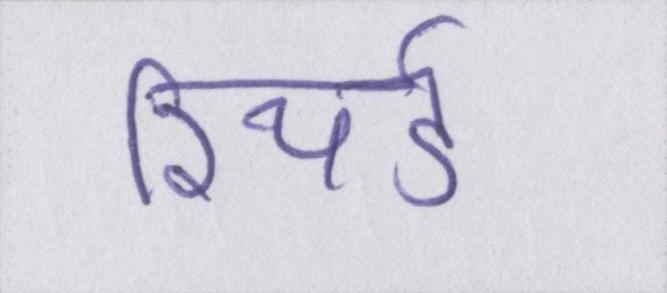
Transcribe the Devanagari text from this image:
रिचर्ड